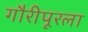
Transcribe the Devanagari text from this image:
गौरीपूरला